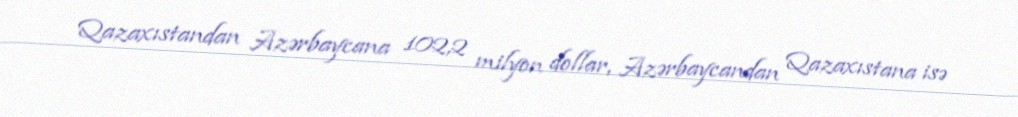
Qazaxıstandan Azərbaycana 102,2 milyon dollar, Azərbaycandan Qazaxıstana isə